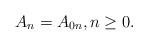
LaTeX: \begin{align*} A_n=A_{0n}, n\geq 0.\end{align*}